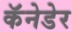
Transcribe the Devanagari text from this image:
कॅनेडेर